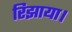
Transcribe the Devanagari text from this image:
रिझाया।